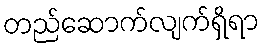
တည်ဆောက်လျက်ရှိရာ